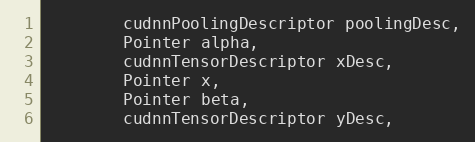
Language: Java
        cudnnPoolingDescriptor poolingDesc,
        Pointer alpha,
        cudnnTensorDescriptor xDesc,
        Pointer x,
        Pointer beta,
        cudnnTensorDescriptor yDesc,